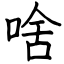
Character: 啥